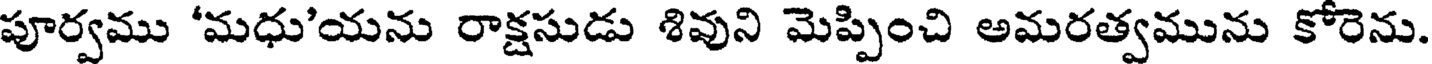
పూర్వము 'మధు'యను రాక్షసుడు శివుని మెప్పించి అమరత్వమును కోరెను.